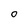
Character: O